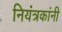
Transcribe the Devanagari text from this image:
नियंत्रकांनी